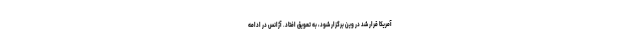
آمریکا قرار شد در وین برگزار شود، به تعویق افتاد. آژانس در ادامه